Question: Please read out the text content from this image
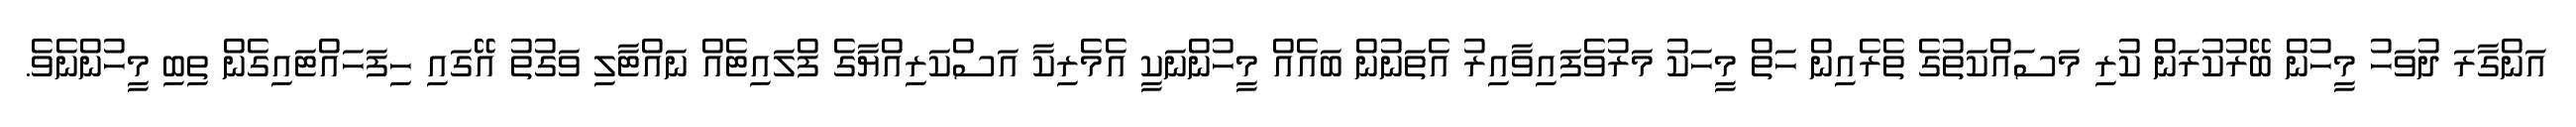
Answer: އަންގާރަ ދުވަހު މީހުން ބޭރުކުރަން ކުރި މަސައްކަތުގެ ތެރެއިން ހަތް މީހަކު މަރުވެފައިވާއިރު އެތަނުން ބައެއް މީހުންނަކީ އެމެރިކާ އަސްކަރިއްޔާގެ ފްލައިޓެއް ނައްޓާލި ވަގުތު އޭގައި ހިފަހައްޓައިގެން ތިބި މީހުންނެވެ.